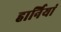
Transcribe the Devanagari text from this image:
हार्नियां